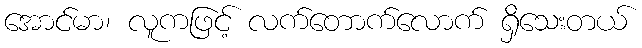
အောင်မာ၊ လူကဖြင့် လက်တောက်လောက် ရှိသေးတယ်